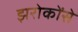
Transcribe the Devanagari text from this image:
झरोकोंसे